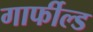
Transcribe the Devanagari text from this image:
गार्फील्ड